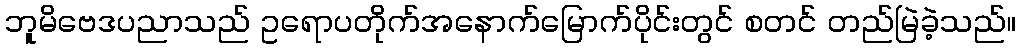
ဘူမိဗေဒပညာသည် ဥရောပတိုက်အနောက်မြောက်ပိုင်းတွင် စတင် တည်မြဲခဲ့သည်။